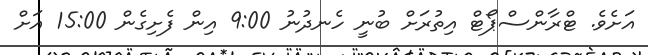
އަށެވެ. ޓްރާންސްޕޯޓް އިތުރަށް ބުނީ ހެނދުނު 9:00 އިން ފެށިގެން 15:00 އަށް